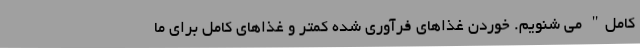
کامل" می شنویم. خوردن غذاهای فرآوری شده کمتر و غذاهای کامل برای ما